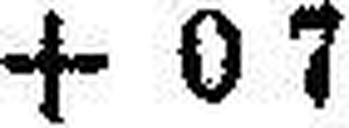
+ 0 7